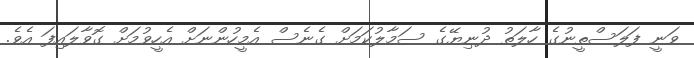
ވަނީ ފަލަސްތީނުގެ ހާލަތު ދުނިޔޭގެ ސަމާލުކަމަށް ގެނެސް އެމީހުންނަށް އެހީވުމަށް ގޮވާލައިފަ އެވެ.